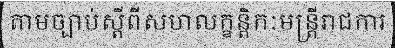
តាមច្បាប់ស្តីពីសហលក្ខន្តិកៈមន្ត្រីរាជការ